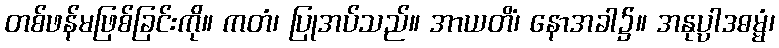
တစ်ဖန်မဖြစ်ခြင်းကို။ ကတံ၊ ပြုအပ်သည်။ အာယတိံ၊ နောအခါ၌။ အနုပ္ပါဒဓမ္မံ၊